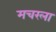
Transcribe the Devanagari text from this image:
मचरला